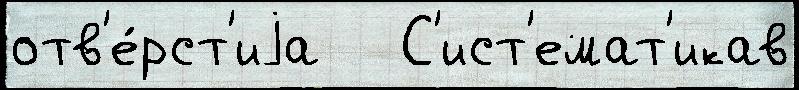
отв'е́рст'иjа   С'ист'емат'икав